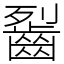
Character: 䶛